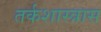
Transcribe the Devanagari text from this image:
तर्कशास्त्रास